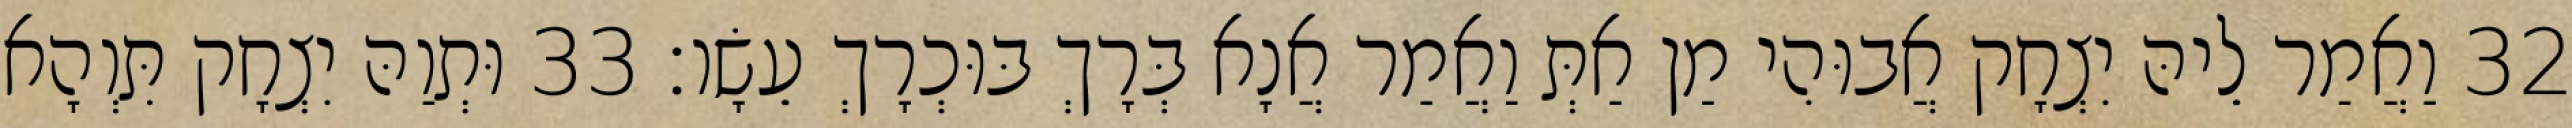
32 וַאֲמַר לֵיהּ יִצְחָק אֲבוּהִי מַן אַתְּ וַאֲמַר אֲנָא בְּרָךְ בּוּכְרָךְ עֵשָׂו׃ 33 וּתְוַהּ יִצְחָק תִּוְהָא